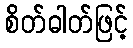
စိတ်ဓါတ်ဖြင့်